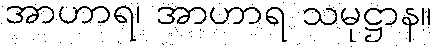
အာဟာရ၊ အာဟာရ သမုဋ္ဌာန။